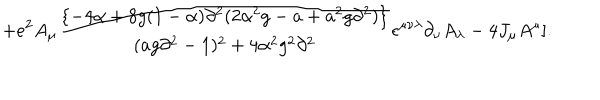
LaTeX: + e ^ { 2 } A _ { \mu } { \frac { \{ - 4 \alpha + 8 g ( 1 - \alpha ) \partial ^ { 2 } ( 2 \alpha ^ { 2 } g - a + a ^ { 2 } g \partial ^ { 2 } ) \} } { ( a g \partial ^ { 2 } - 1 ) ^ { 2 } + 4 \alpha ^ { 2 } g ^ { 2 } \partial ^ { 2 } } } \epsilon ^ { \mu \nu \lambda } \partial _ { \nu } A _ { \lambda } - 4 J _ { \mu } A ^ { \mu } ] .